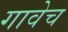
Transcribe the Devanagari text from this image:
गावेच